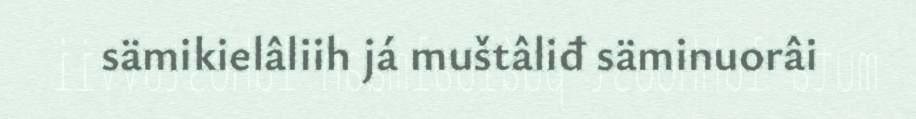
sämikielâliih já muštâliđ säminuorâi